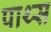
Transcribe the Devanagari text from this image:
पाथ्स